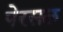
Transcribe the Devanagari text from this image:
पेरसल